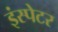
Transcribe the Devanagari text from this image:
इंस्पेटर